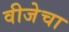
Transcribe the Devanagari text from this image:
वीजेचा